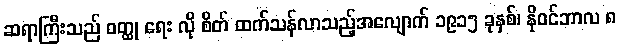
ဆရာကြီးသည် ဝတ္ထု ရေး လို စိတ် ထက်သန်လာသည့်အလျောက် ၁၉၁၅ ခုနှစ်၊ နိုဝင်ဘာလ ၈